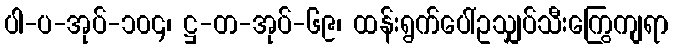
ပါ-ပ-အုပ်-၁၀၄၊ ဋ္ဌ-တ-အုပ်-၆၉၊ ထန်းရွက်ပေါ်ဥသျှပ်သီးကြွေကျရာ